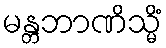
မန္တဘာဏိသ္မိံ